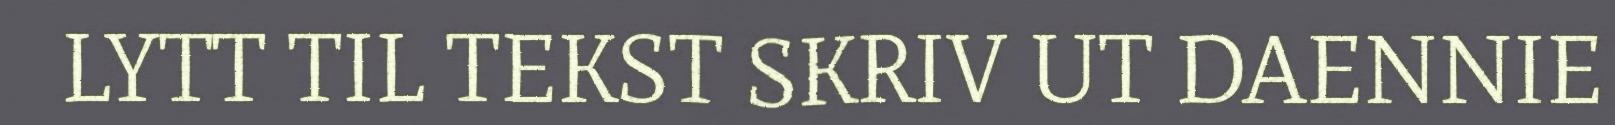
LYTT TIL TEKST SKRIV UT DAENNIE